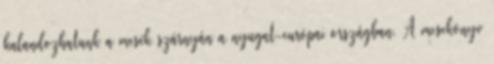
kalandozhatunk a mesék szárnyán a nyugat-európai országban. A mesekönyv